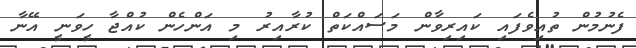
ފެނުމުން ތުއިވެފައި ކައިރިވާން މަސައްކަތް ކުރާއިރު މި އަންހެން ކުއްޖާ ހީވަނީ އޭނާ